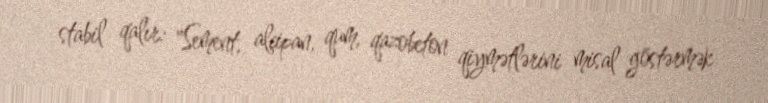
stabil qalır: "Sement, alçipan, qum, qazobeton qiymətlərini misal göstərmək